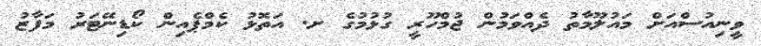
ވީނިއުސްއަށް މައުލޫމާތު ދެއްވަމުން ޖުމްހޫރީ ގުޅުމުގެ ށ. އަތޮޅު ކެމްޕެއިން ކޯޑިނޭޓަރު މަފާޒު